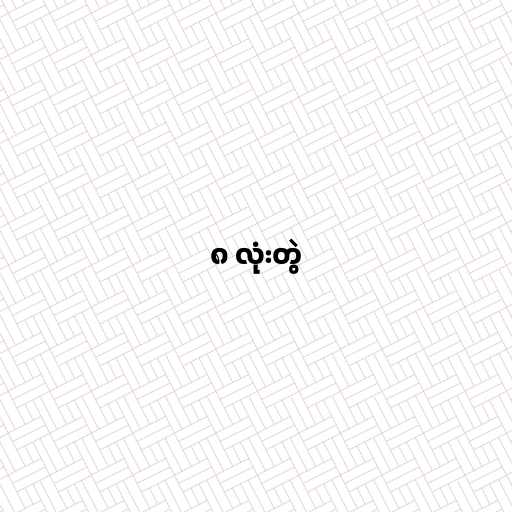
၈ လုံးတွဲ